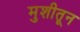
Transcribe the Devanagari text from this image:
मुशीतून